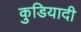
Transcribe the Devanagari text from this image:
कुडियादी